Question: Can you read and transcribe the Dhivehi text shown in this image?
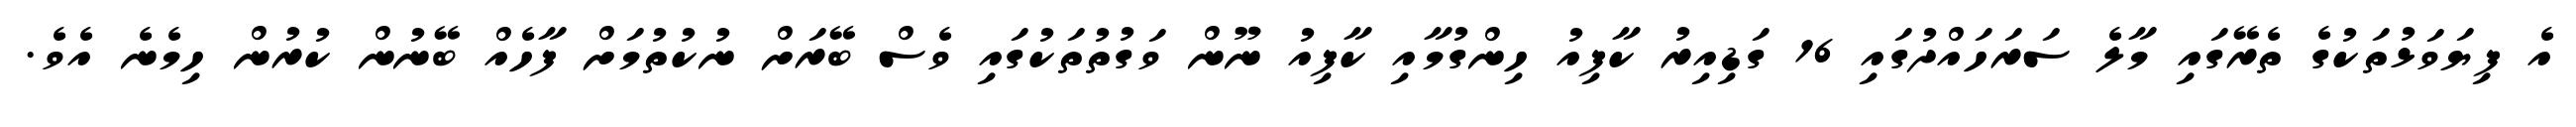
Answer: އެ ފިޔަވަޅުތަކުގެ ތެރޭގައި މާލެ ސަރަހައްދުގައި 16 ގަޑިއިރު ކާފިއު ހިންގުމާއި ކާފިއު ނޫން ވަގުތުތަކުގައި ވެސް ބޭރަށް ނުކުތުމަށް ފާހެއް ބޭނުން ކުރުން ހިމެނެ އެވެ.